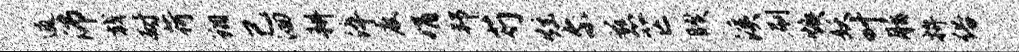
逋沛戟耐荷翔己洄耕淬度娟邦芍炫尔慈芒睽溪刷焕妖叶脂拚俗